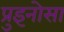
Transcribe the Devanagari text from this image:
प्रुइनोसा